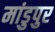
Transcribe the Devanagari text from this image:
मांडुपुर